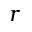
r